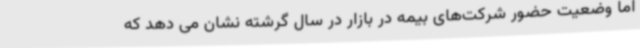
اما وضعیت حضور شرکت‌های بیمه در بازار در سال گرشته نشان می دهد که